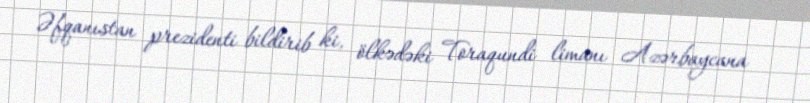
Əfqanıstan prezidenti bildirib ki, ölkədəki Toraqundi limanı Azərbaycana